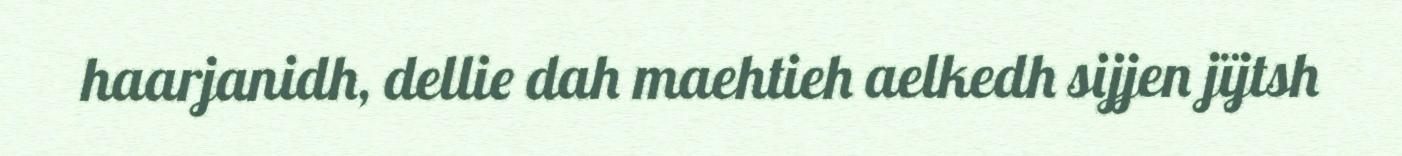
haarjanidh, dellie dah maehtieh aelkedh sijjen jïjtsh